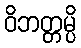
ဝိဘတ္တမ္ပိ